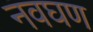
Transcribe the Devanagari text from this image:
नवघण